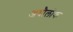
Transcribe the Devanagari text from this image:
अधौलोक